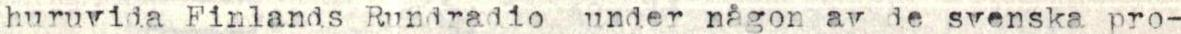
huruvida Finlands Rundradio under någon av de svenska pro-